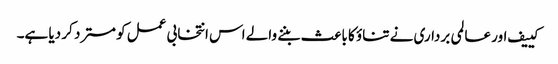
کییف اور عالمی برداری نے تناؤ کا باعث بننے والے اس انتخابی عمل کو مسترد کر دیا ہے۔